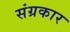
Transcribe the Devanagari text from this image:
संग्रकार